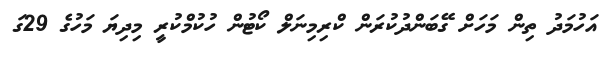
އަހުމަދު ތިން މަހަށް ގޭބަންދުކުރަން ކްރިމިނަލް ކޯޓުން ހުކުމްކުރީ މިދިޔަ މަހުގެ 29ގަ